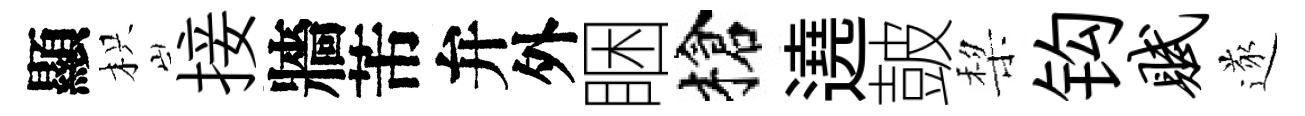
顯枳接牆芾弁外睏槍遶皷棃钩赋遂